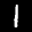
Label: 1